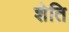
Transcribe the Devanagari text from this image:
शेति